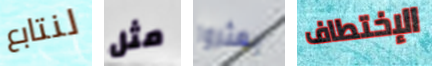
لنتابع مثل يعثروا الإختطاف